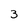
Character: 3